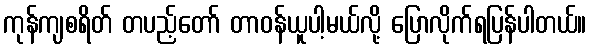
ကုန်ကျစရိတ် တပည့်တော် တာဝန်ယူပါ့မယ်လို့ ပြောလိုက်ရပြန်ပါတယ်။